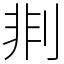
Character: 剕